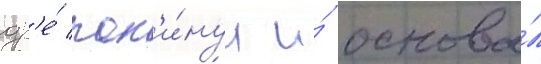
др'е́ пок'и́нул и́ основа́л